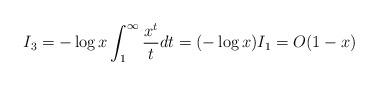
LaTeX: \begin{align*}I_3 &= -\log x \int_{1}^{\infty} \frac{x^{t}}{t} dt= (- \log x) I_{1}= O(1-x) \end{align*}